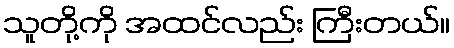
သူတို့ကို အထင်လည်း ကြီးတယ်။